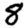
Digit: 8